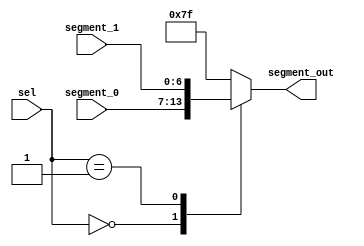
`timescale 1ns / 1ps
//////////////////////////////////////////////////////////////////////////////////
// Company: 
// Engineer: 
// 
// Design Name: 
// Module Name: segment_mux
// Project Name: 
// Target Devices: 
// Tool Versions: 
// Description: 
// 
// Dependencies: 
// 
// Revision:
// Revision 0.01 - File Created
// Additional Comments:
// 
//////////////////////////////////////////////////////////////////////////////////


module segment_mux(sel, segment_0, segment_1, segment_out);
input [1:0] sel;
input [6:0] segment_0, segment_1;
output [6:0] segment_out;

reg [6:0] segment_out;

always @(*)
begin
    case(sel)
    2'b00: segment_out = segment_0;
    2'b01: segment_out = segment_1;
    default: segment_out = 7'b1111111;
    endcase
end

endmodule